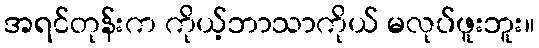
အရင်တုန်းက ကိုယ့်ဘာသာကိုယ် မလုပ်ဖူးဘူး။